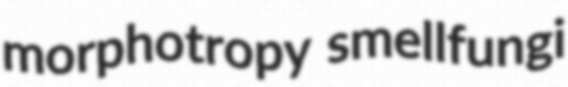
morphotropy smellfungi